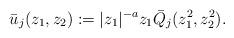
LaTeX: \begin{align*}\bar{u}_j(z_1, z_2) := |z_1|^{-a}z_1 \bar{Q}_j(z_1^2, z_2^2).\end{align*}